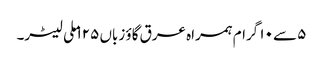
۵ سے ۱۰ گرام ہمراہ عرق گاؤ زباں ۱۲۵ ملی لیٹر۔